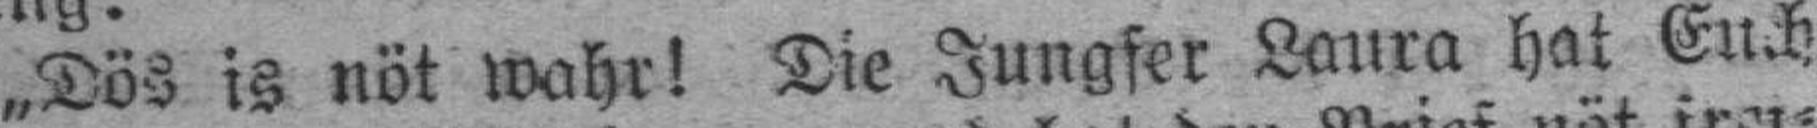
„Dös is nöt wahr! Die Jungfer Laura hat Euch